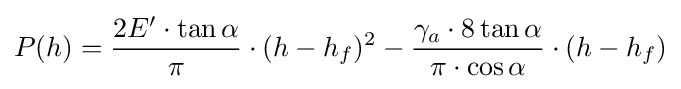
P(h)={\frac {2E'\cdot \tan \alpha }{\pi }}\cdot (h-h_{f})^{2}-{\frac {\gamma _{a}\cdot 8\tan \alpha }{\pi \cdot \cos \alpha }}\cdot (h-h_{f})